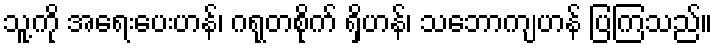
သူ့ကို အရေးပေးဟန်၊ ဂရုတစိုက် ရှိဟန်၊ သဘောကျဟန် ပြကြသည်။